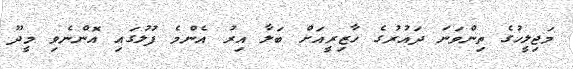
މަޖިލީހުގެ ތިންވަނަ ދައުރުގެ ހާޒިރީއަށް ބަލާ އިރު އެންމެ ފުލުގައި އޮންނެވި މީދޫ